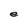
Character: e